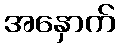
အနှောက်